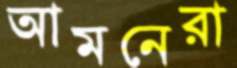
আমনেরা